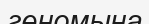
геномына